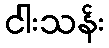
ငါးသန်း